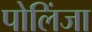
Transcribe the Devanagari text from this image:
पोलिंजा